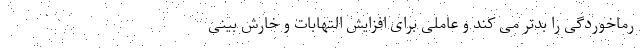
رماخوردگی را بدتر می کند و عاملی برای افزایش التهابات و خارش بینی